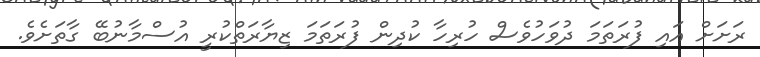
ރަށަށް އައި ފުރަތަމަ ދުވަހުވެސް ހުރިހާ ކުދިން ފުރަތަމަ ޒިޔާރަތްކުރީ އުސްމާނުބޭ ގާތަށެވެ.